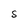
Character: 5